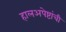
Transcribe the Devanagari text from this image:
हालअपेष्टांची